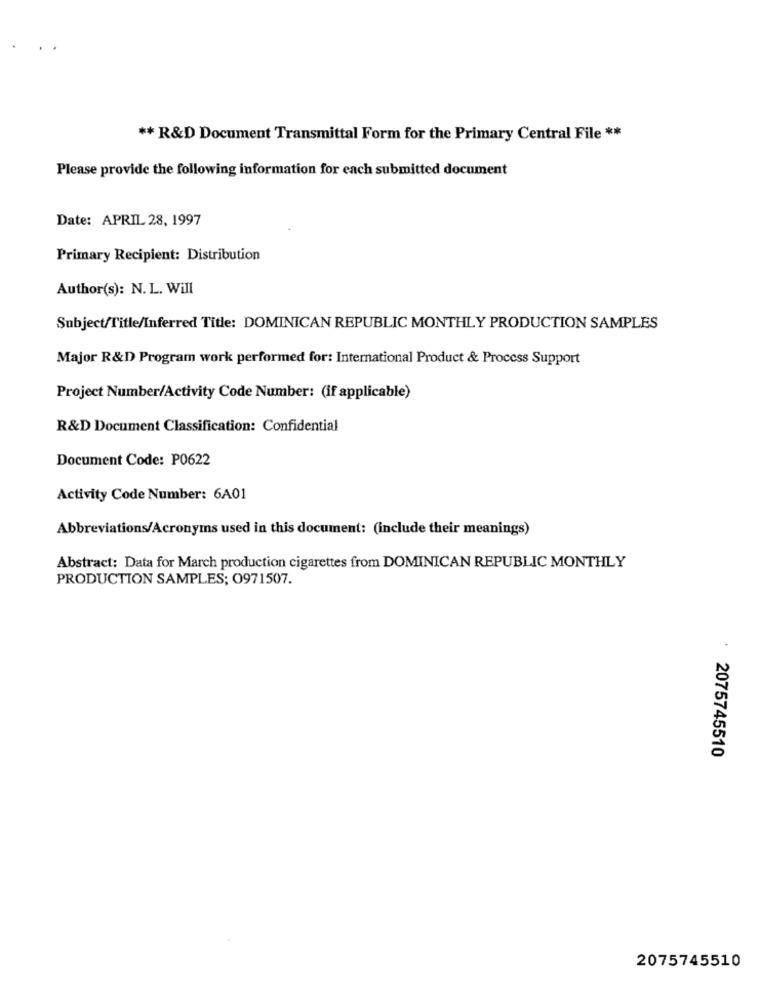
** R&D Document Transmittal Form for the Primary Central File **
Please provide the following information for each submitted document
Date: APRIL 28, 1997
Primary Recipient: Distribution
Author(s): N. L. Will
Subject/Title/Inferred Title: DOMINICAN REPUBLIC MONTHLY PRODUCTION SAMPLES
Major R&D Program work performed for: International Product & Process Support
Project Number/Activity Code Number: (if applicable)
R&D Document Classification: Confidential
Document Code: P0622
Activity Code Number: 6A01
Abbreviations/Acronyms used in this document: (include their meanings)
Abstract: Data for March production cigarettes from DOMINICAN REPUBLIC MONTHLY
PRODUCTION SAMPLES; 0971507.
: 2075745510
2075745510